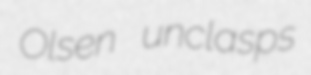
Olsen unclasps